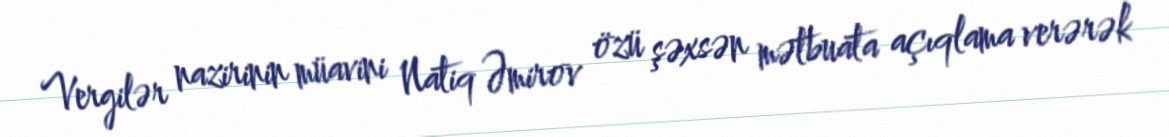
Vergilər nazirinin müavini Natiq Əmirov özü şəxsən mətbuata açıqlama verərək